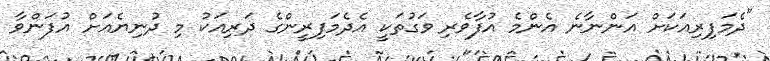
"ދެމަފިރިއަކަށް އަންނާނެ އެންމެ އުފާވެރި ވަގުތަކީ އެދެމަފިރީންގެ ދަރިއަކު މި ދުނިޔެއަށް އުފަންވާ